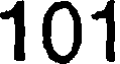
101